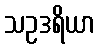
သဥဒရိယာ